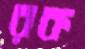
রক